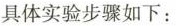
具体实验步骤如下：